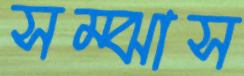
সম্‌ঝাস